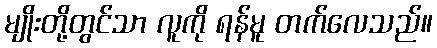
မျိုးတို့တွင်သာ လူကို ရန်မူ တက်လေသည်။